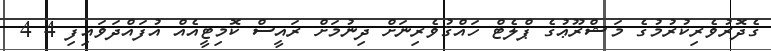
ގެދޮރުވެރިކުރުމުގެ މަޝްރޫޢުގެ ޕްލެޓް ހައްޤުވެރިނަށް ދިނުމަށް ރައީސް ކޮމިޓީއެއް އުފައްދަވައިފި 4 4